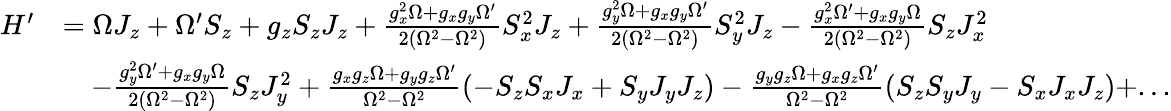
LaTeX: \begin{array}{rl}{H^{\prime}}&{=\Omega J_{z}+\Omega^{\prime}S_{z}+g_{z}S_{z}J_{z}+\frac{g_{x}^{2}\Omega+g_{x}g_{y}\Omega^{\prime}}{2(\Omega^{2}-\Omega^{2})}S_{x}^{2}J_{z}+\frac{g_{y}^{2}\Omega+g_{x}g_{y}\Omega^{\prime}}{2(\Omega^{2}-\Omega^{2})}S_{y}^{2}J_{z}-\frac{g_{x}^{2}\Omega^{\prime}+g_{x}g_{y}\Omega}{2(\Omega^{2}-\Omega^{2})}S_{z}J_{x}^{2}}\\ &{\quad-\frac{g_{y}^{2}\Omega^{\prime}+g_{x}g_{y}\Omega}{2(\Omega^{2}-\Omega^{2})}S_{z}J_{y}^{2}+\frac{g_{x}g_{z}\Omega+g_{y}g_{z}\Omega^{\prime}}{\Omega^{2}-\Omega^{2}}(-S_{z}S_{x}J_{x}+S_{y}J_{y}J_{z})-\frac{g_{y}g_{z}\Omega+g_{x}g_{z}\Omega^{\prime}}{\Omega^{2}-\Omega^{2}}(S_{z}S_{y}J_{y}-S_{x}J_{x}J_{z})+...}\end{array}